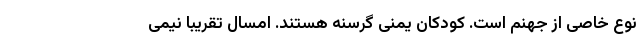
نوع خاصی از جهنم است. کودکان یمنی گرسنه هستند. امسال تقریباً نیمی